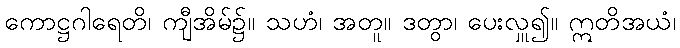
ကောဋ္ဌဂါရေတိ၊ ကျီအိမ်၌။ သဟံ၊ အတူ။ ဒတွာ၊ ပေးလှူ၍။ ဣတိအယံ၊